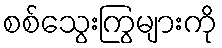
စစ်သွေးကြွများကို